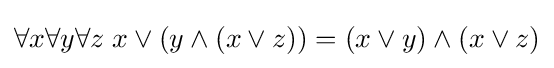
\forall x\forall y\forall z\;x\vee (y\wedge (x\vee z))=(x\vee y)\wedge (x\vee z)